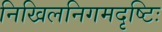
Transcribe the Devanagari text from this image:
निखिलनिगमदृष्टिः